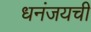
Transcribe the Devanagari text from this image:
धनंजयची